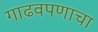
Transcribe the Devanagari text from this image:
गाढवपणाचा